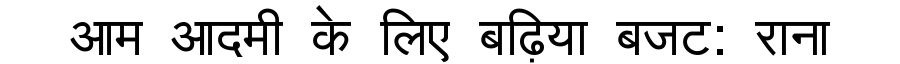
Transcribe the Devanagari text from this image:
आम आदमी के लिए बढ़िया बजट: राना